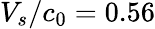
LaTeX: V_{s}/c_{0}=0.56